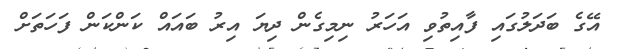
އޭގެ ބަދަލުގައި ފާއިތުވި އަހަރު ނިމިގެން ދިޔަ އިރު ބައައް ކަންކަން ފަހަތަށް